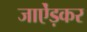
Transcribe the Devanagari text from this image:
जाऐंड़कर